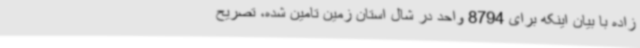
زاده با بیان اینکه برای 8794 واحد در شال استان زمین تامین شده، تصریح